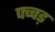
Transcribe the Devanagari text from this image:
पच्चड़